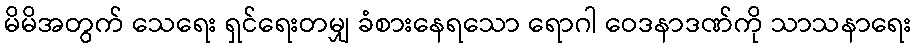
မိမိအတွက် သေရေး ရှင်ရေးတမျှ ခံစားနေရသော ရောဂါ ဝေဒနာဒဏ်ကို သာသနာရေး